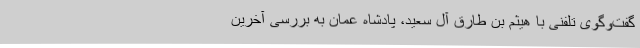
گفت‌وگوی تلفنی با هیثم بن طارق آل سعید، پادشاه عمان به بررسی آخرین